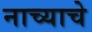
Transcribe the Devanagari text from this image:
नाच्याचे